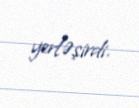
yerləşirdi.